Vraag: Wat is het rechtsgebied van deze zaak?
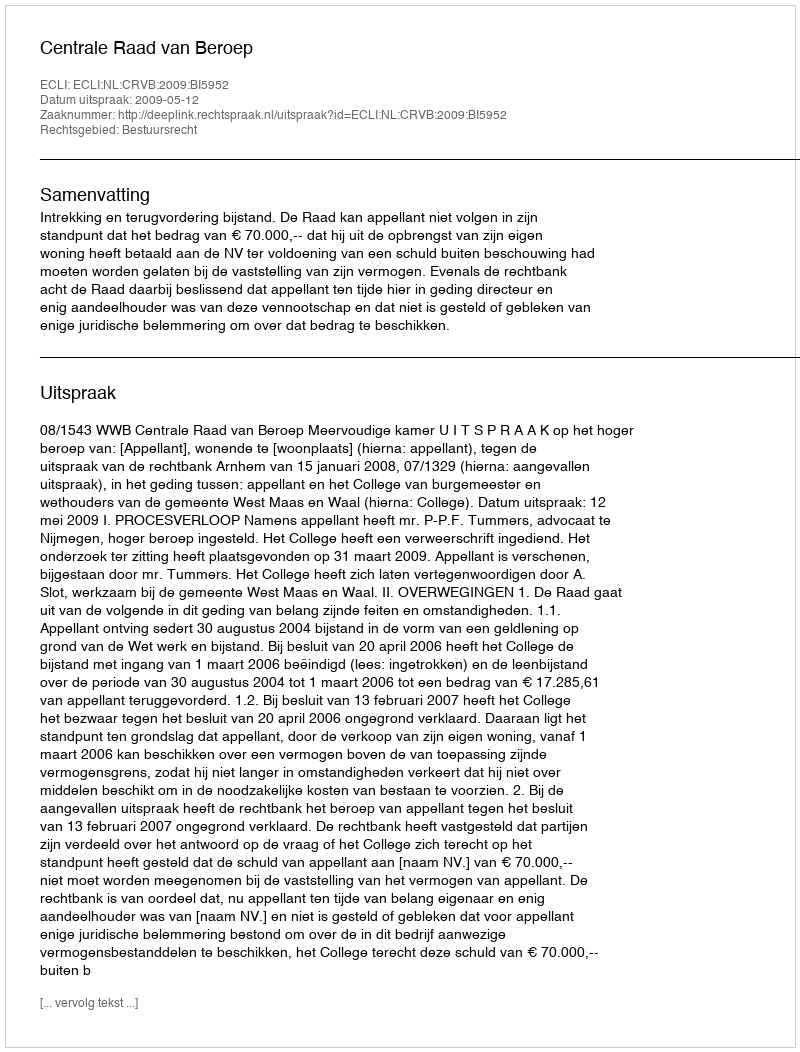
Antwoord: Bestuursrecht